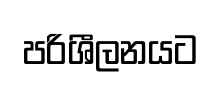
පරිශීලනයට